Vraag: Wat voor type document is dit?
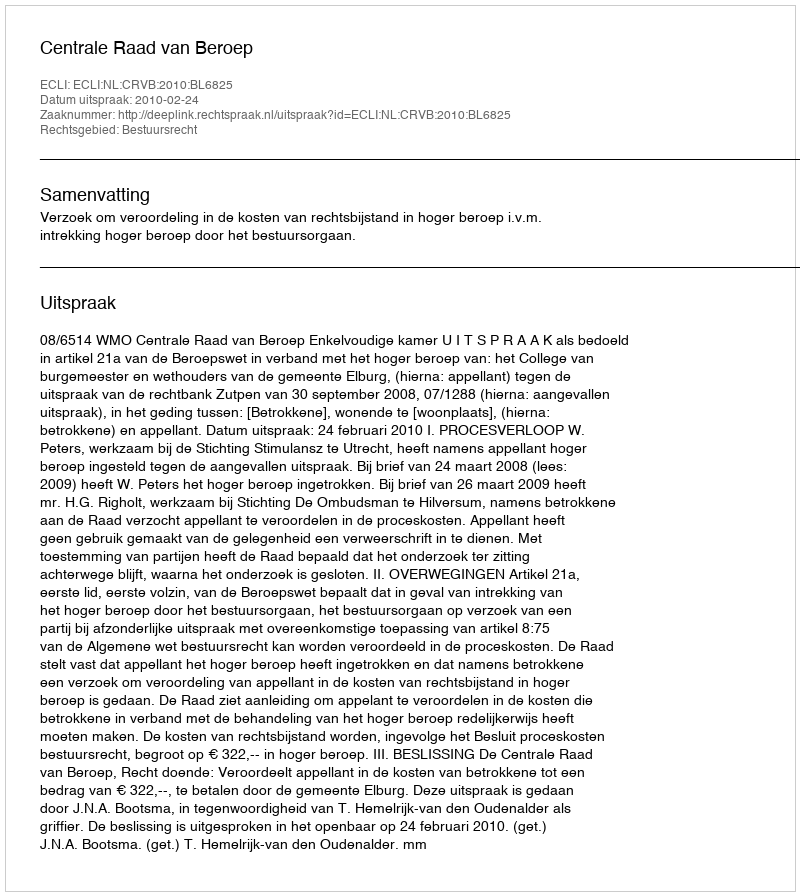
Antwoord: Uitspraak